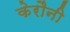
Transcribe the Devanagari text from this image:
केरौनी